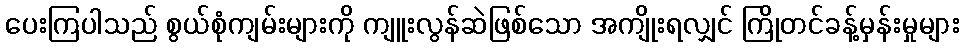
ပေးကြပါသည် စွယ်စုံကျမ်းများကို ကျူးလွန်ဆဲဖြစ်သော အကျိုးရလျှင် ကြိုတင်ခန့်မှန်းမှုများ